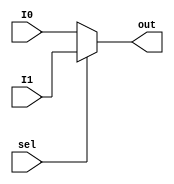
`timescale 1ns / 1ps
//////////////////////////////////////////////////////////////////////////////////
// Company: 
// Engineer: 
// 
// Design Name: 
// Module Name: mux2
// Project Name: 
// Target Devices: 
// Tool Versions: 
// Description: 
// 
// Dependencies: 
// 
// Revision:
// Revision 0.01 - File Created
// Additional Comments:
// 
//////////////////////////////////////////////////////////////////////////////////


module mux2(I0, I1, sel, out);
    parameter width = 12;
    
    input [width-1:0] I0, I1;
    input sel;
    output [width-1:0] out;
    
    assign out = (sel)?I1:I0;
endmodule